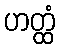
ဟတ္ထံ